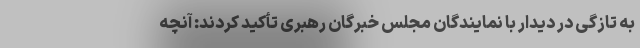
به تازگی در دیدار با نمایندگان مجلس خبرگان رهبری تأکید کردند: آنچه